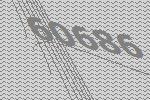
60686